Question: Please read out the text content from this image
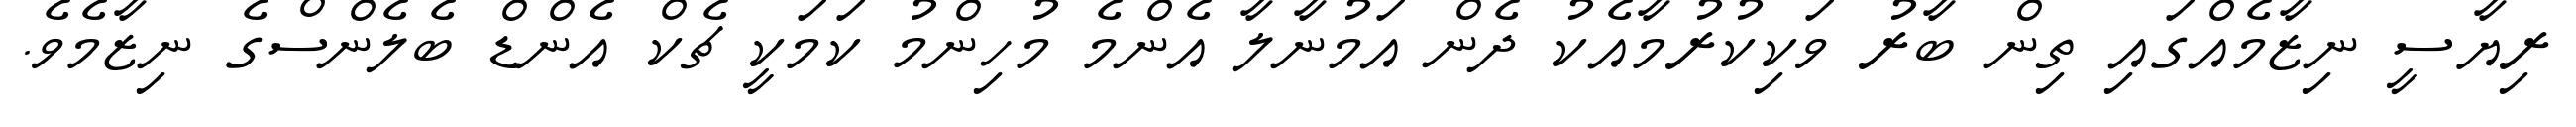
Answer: ރިޔާސީ ނިޒާމެއްގައި ތިން ބާރު ވަކިކުރުމާއެކު ދެން އަމުނާލާ އެންމެ މުހިންމު ކަމަކީ ޗެކް އެންޑް ބެލެންސްގެ ނިޒާމެވެ.